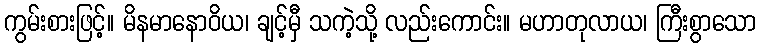
ကွမ်းစားဖြင့်။ မိနမာနောဝိယ၊ ချင့်မှီ သကဲ့သို့ လည်းကောင်း။ မဟာတုလာယ၊ ကြီးစွာသော